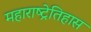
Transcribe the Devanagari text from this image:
महाराष्ट्रेतिहास